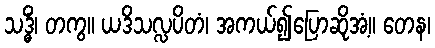
သဒ္ဓိံ၊ တကွ။ ယဒိသလ္လပိတံ၊ အကယ်၍ပြောဆိုအံ့။ တေန၊